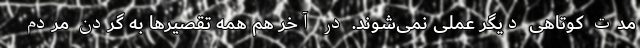
مدت کوتاهی دیگر عملی نمی‌شوند. در آخر هم همه تقصیرها به گردن مردم